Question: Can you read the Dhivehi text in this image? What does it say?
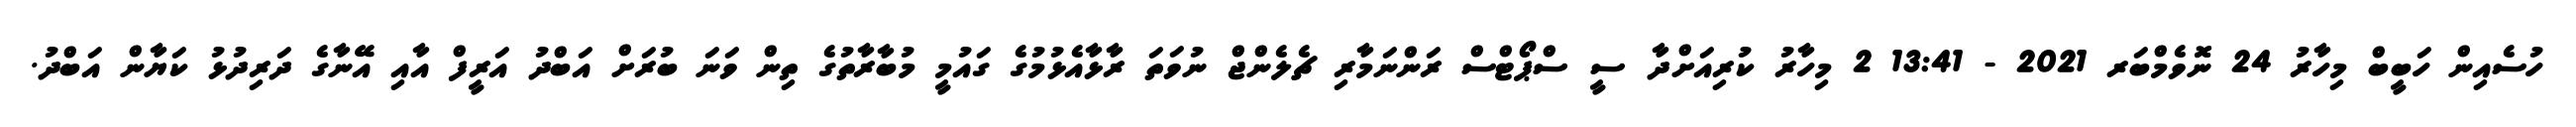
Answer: ހުސެއިން ހަބީބް މިހާރު 24 ނޮވެމްބަރ 2021 - 13:41 2 މިހާރު ކުރިއަށްދާ ސީ ސްޕޯޓްސް ރަންނަމާރި ޗެލެންޖް ނުވަތަ ރާޅާއެޅުމުގެ ގައުމީ މުބާރާތުގެ ތިން ވަނަ ބުރަށް އަބްދު އަރީފް އާއި އޭނާގެ ދަރިދުޅު ކަޔާން އަބްދު.